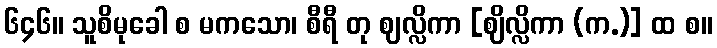
၆၄၆။ သူစိမုခေါ စ မကသော၊ စီရီ တု ဈလ္လိကာ [ဈိလ္လိကာ (က.)] ထ စ။